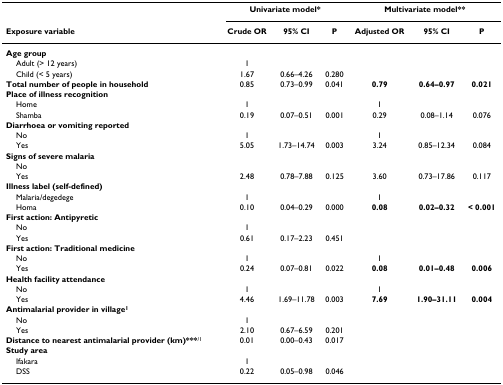
<table><thead><tr><td></td><td colspan="3"><b>Univariate model*</b></td><td colspan="3"><b>Multivariate model**</b></td></tr><tr><td><b>Exposure variable</b></td><td><b>Crude OR</b></td><td><b>95% CI</b></td><td><b>P</b></td><td><b>Adjusted OR</b></td><td><b>95% CI</b></td><td><b>P</b></td></tr></thead><tbody><tr><td colspan="7"><b>Age group</b></td></tr><tr><td> Adult (&gt; 12 years)</td><td>1</td><td></td><td></td><td></td><td></td><td></td></tr><tr><td> Child (&lt; 5 years)</td><td>1.67</td><td>0.66–4.26</td><td>0.280</td><td></td><td></td><td></td></tr><tr><td><b>Total number of people in household</b></td><td>0.85</td><td>0.73–0.99</td><td>0.041</td><td><b>0.79</b></td><td><b>0.64–0.97</b></td><td><b>0.021</b></td></tr><tr><td colspan="7"><b>Place of illness recognition</b></td></tr><tr><td> Home</td><td>1</td><td></td><td></td><td>1</td><td></td><td></td></tr><tr><td> Shamba</td><td>0.19</td><td>0.07–0.51</td><td>0.001</td><td>0.29</td><td>0.08–1.14</td><td>0.076</td></tr><tr><td colspan="7"><b>Diarrhoea or vomiting reported</b></td></tr><tr><td> No</td><td>1</td><td></td><td></td><td>1</td><td></td><td></td></tr><tr><td> Yes</td><td>5.05</td><td>1.73–14.74</td><td>0.003</td><td>3.24</td><td>0.85–12.34</td><td>0.084</td></tr><tr><td colspan="7"><b>Signs of severe malaria</b></td></tr><tr><td> No</td><td></td><td></td><td></td><td></td><td></td><td></td></tr><tr><td> Yes</td><td>2.48</td><td>0.78–7.88</td><td>0.125</td><td>3.60</td><td>0.73–17.86</td><td>0.117</td></tr><tr><td colspan="7"><b>Illness label (self-defined)</b></td></tr><tr><td> Malaria/degedege</td><td>1</td><td></td><td></td><td>1</td><td></td><td></td></tr><tr><td> Homa</td><td>0.10</td><td>0.04–0.29</td><td>0.000</td><td><b>0.08</b></td><td><b>0.02–0.32</b></td><td><b>&lt; 0.001</b></td></tr><tr><td colspan="7"><b>First action: Antipyretic</b></td></tr><tr><td> No</td><td>1</td><td></td><td></td><td></td><td></td><td></td></tr><tr><td> Yes</td><td>0.61</td><td>0.17–2.23</td><td>0.451</td><td></td><td></td><td></td></tr><tr><td colspan="7"><b>First action: Traditional medicine</b></td></tr><tr><td> No</td><td>1</td><td></td><td></td><td>1</td><td></td><td></td></tr><tr><td> Yes</td><td>0.24</td><td>0.07–0.81</td><td>0.022</td><td><b>0.08</b></td><td><b>0.01–0.48</b></td><td><b>0.006</b></td></tr><tr><td colspan="7"><b>Health facility attendance</b></td></tr><tr><td> No</td><td>1</td><td></td><td></td><td>1</td><td></td><td></td></tr><tr><td> Yes</td><td>4.46</td><td>1.69–11.78</td><td>0.003</td><td><b>7.69</b></td><td><b>1.90–31.11</b></td><td><b>0.004</b></td></tr><tr><td colspan="7"><b>Antimalarial provider in village</b><sup><b>1</b></sup></td></tr><tr><td> No</td><td>1</td><td></td><td></td><td></td><td></td><td></td></tr><tr><td> Yes</td><td>2.10</td><td>0.67–6.59</td><td>0.201</td><td></td><td></td><td></td></tr><tr><td><b>Distance to nearest antimalarial provider (km)***</b><sup>/1</sup></td><td>0.01</td><td>0.00–0.43</td><td>0.017</td><td></td><td></td><td></td></tr><tr><td colspan="7"><b>Study area</b></td></tr><tr><td> Ifakara</td><td>1</td><td></td><td></td><td></td><td></td><td></td></tr><tr><td> DSS</td><td>0.22</td><td>0.05–0.98</td><td>0.046</td><td></td><td></td><td></td></tr></tbody></table>